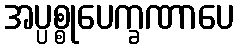
အပ္ပစ္စုပေက္ခဏာပေ